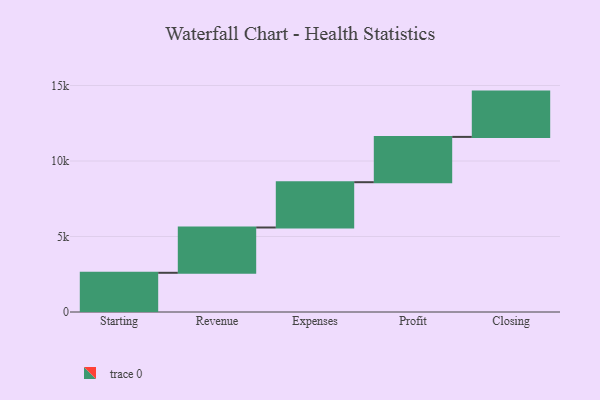
{"axis": {"x": "Step", "y": "Value"}, "legend": [""], "data": [{"x": "Starting", "y": 2596.0, "type": ""}, {"x": "Revenue", "y": 3000, "type": ""}, {"x": "Expenses", "y": 3000, "type": ""}, {"x": "Profit", "y": 3000, "type": ""}, {"x": "Closing", "y": 3000, "type": ""}]}